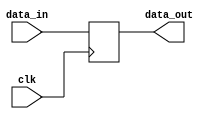

/* ID/EX distribution pipeline register */
module id_ex_dregs (clk, data_in, data_out);
	input			clk;
	input [259:0]		data_in;
	output reg[259:0]	data_out;

	always @(posedge clk) begin
		data_out <= data_in;
	end
endmodule


module ex_mem_dregs (clk, data_in, data_out);
	input			clk;
	input [257:0]		data_in;
	output reg[257:0]	data_out;

	always @(posedge clk) begin
		data_out <= data_in;
	end
endmodule